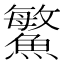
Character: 鰵